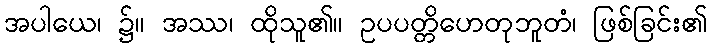
အပါယေ၊ ၌။ အဿ၊ ထိုသူ၏။ ဥပပတ္တိဟေတုဘူတံ၊ ဖြစ်ခြင်း၏